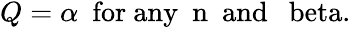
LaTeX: \begin{array}{r}{Q=\alpha~~\mathrm{{for~any}~~n~~\mathrm{{and}~~\ beta.}}}\end{array}